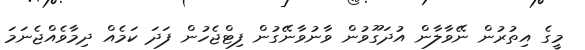
މީގެ އިތުރުން ނޭވާލާން އުދަގޫވުން ވާނުވާނޭގުން ފިޓްޖެހުން ފަދަ ކަމެއް ދިމާވެއްޖެނަމަ